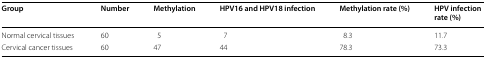
<table><thead><tr><td><b>Group</b></td><td><b>Number</b></td><td><b>Methylation</b></td><td><b>HPV16 and HPV18 infection</b></td><td><b>Methylation rate (%)</b></td><td><b>HPV infectionrate (%)</b></td></tr></thead><tbody><tr><td>Normal cervical tissues</td><td>60</td><td>5</td><td>7</td><td>8.3</td><td>11.7</td></tr><tr><td>Cervical cancer tissues</td><td>60</td><td>47</td><td>44</td><td>78.3</td><td>73.3</td></tr></tbody></table>